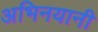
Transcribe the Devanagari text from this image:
अभिनयानी